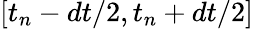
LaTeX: [t_{n}-dt/2,t_{n}+dt/2]